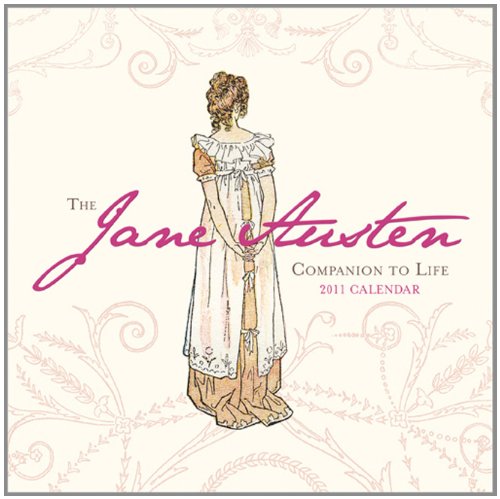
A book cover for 2011 Jane Austen Companion to Life mini wall calendar; Sourcebooks; Calendars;